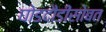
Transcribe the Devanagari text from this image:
घोडदौडीसोबत